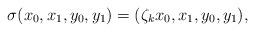
LaTeX: \begin{align*} \sigma(x_0,x_1,y_0,y_1)=(\zeta_k x_0,x_1, y_0,y_1),\end{align*}